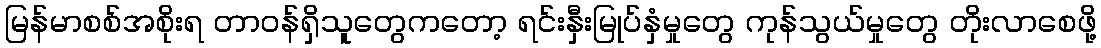
မြန်မာစစ်အစိုးရ တာဝန်ရှိသူတွေကတော့ ရင်းနှီးမြုပ်နှံမှုတွေ ကုန်သွယ်မှုတွေ တိုးလာစေဖို့